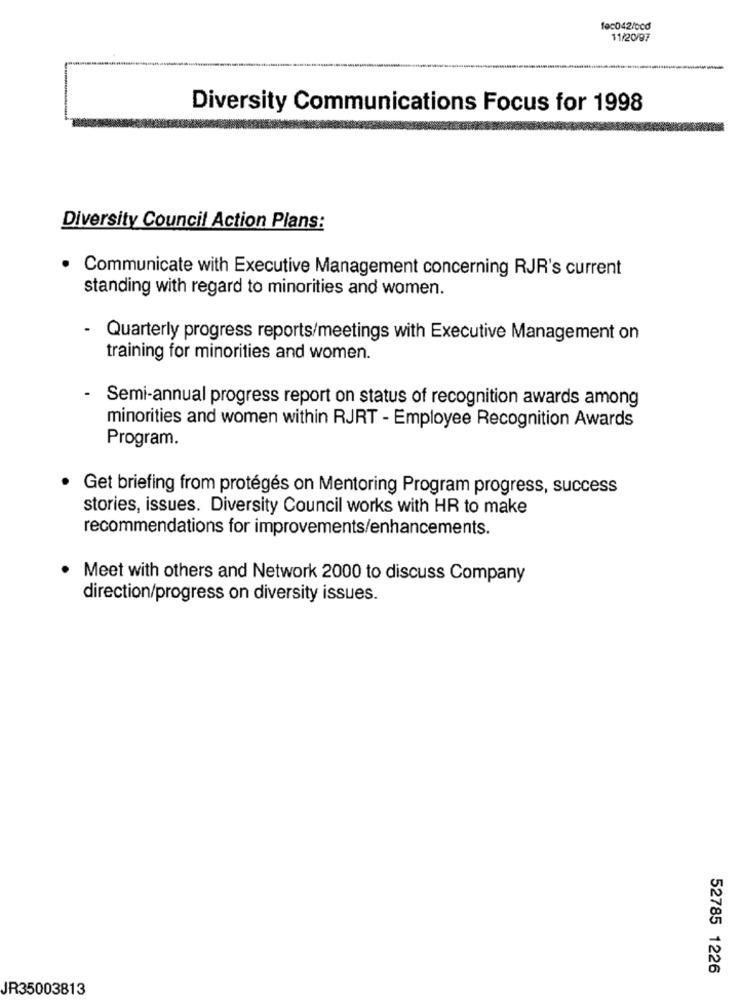
fec042/0cd
11/20/97
Diversity Communications Focus for 1998
Diversity Council Action Plans:
.
Communicate with Executive Management concerning RJR's current
standing with regard to minorities and women.
- Quarterly progress reports/meetings with Executive Management on
training for minorities and women.
- Semi-annual progress report on status of recognition awards among
minorities and women within RJRT - Employee Recognition Awards
Program.
Get briefing from protégés on Mentoring Program progress, success
stories, issues. Diversity Council works with HR to make
recommendations for improvements/enhancements.
Meet with others and Network 2000 to discuss Company
direction/progress on diversity issues.
52785 1226
JR35003813